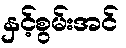
နှင့်စွမ်းအင်